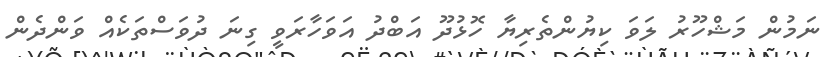
ނަމުން މަޝްހޫރު ލަވަ ކިޔުންތެރިޔާ ހޮޅުދޫ އަބްދު އަވަހާރަވީ ގިނަ ދުވަސްތަކެއް ވަންދެން